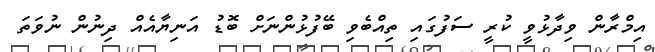
އިމްރާން ވިދާޅުވީ ކުރީ ސަފުގައި ތިއްބެވި ބޭފުޅުންނަށް ބޮޑު އަނިޔާއެއް ދިނުން ނުވަތަ